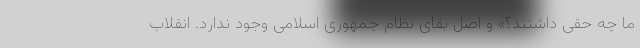
ما چه حقی داشتند؟» و اصل بقای نظام جمهوری اسلامی وجود ندارد. انقلاب